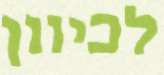
לכיוון